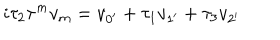
LaTeX: i \tau _ { 2 } \tau ^ { m } v _ { m } = v _ { 0 ^ { \prime } } + \tau _ { 1 } v _ { 1 ^ { \prime } } + \tau _ { 3 } v _ { 2 ^ { \prime } }